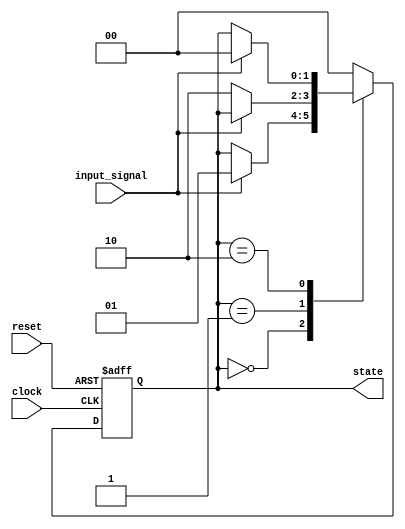
module fsm_example (
    input wire clock,       // Clock signal
    input wire reset,       // Asynchronous reset signal
    input wire input_signal, // Input signal affecting state transitions
    output reg [1:0] state  // 2-bit state output
);

// State encoding
localparam STATE_0 = 2'b00;
localparam STATE_1 = 2'b01;
localparam STATE_2 = 2'b10;

// State register
always @(posedge clock or posedge reset) begin
    if (reset) begin
        state <= STATE_0; // Reset to initial state
    end else begin
        case (state)
            STATE_0: begin
                if (input_signal) begin
                    state <= STATE_1; // Transition to STATE_1
                end
            end
            STATE_1: begin
                if (~input_signal) begin
                    state <= STATE_2; // Transition to STATE_2
                end
            end
            STATE_2: begin
                if (input_signal) begin
                    state <= STATE_0; // Transition back to STATE_0
                end
            end
            default: state <= STATE_0; // Default case
        endcase
    end
end

endmodule